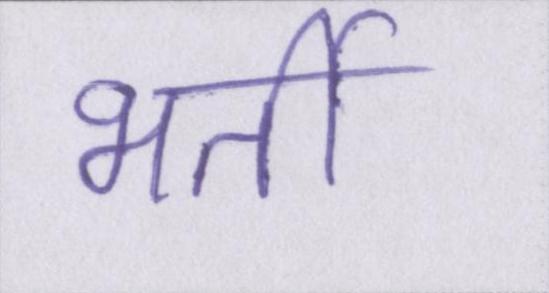
भर्ती